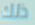
ذلك